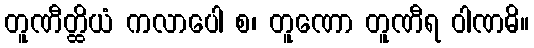
တူဏီတ္ထိယံ ကလာပေါ စ၊ တူဏော တူဏီရ ဝါဏဓိ။